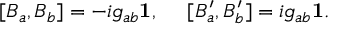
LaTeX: [ B _ { a } , B _ { b } ] = - i g _ { a b } { \bf 1 } , ~ ~ ~ ~ [ B _ { a } ^ { \prime } , B _ { b } ^ { \prime } ] = i g _ { a b } { \bf 1 } .